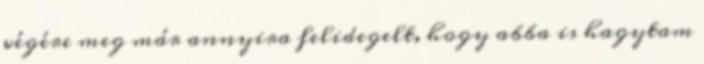
végére meg már annyira felidegelt, hogy abba is hagytam